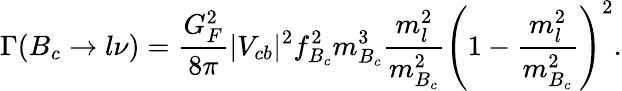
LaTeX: \Gamma(B_{c}\to l\nu)=\frac{G_{F}^{2}}{8\pi}|V_{cb}|^{2}f_{B_{c}}^{2}m_{B_{c}}^{3}\frac{m_{l}^{2}}{m_{B_{c}}^{2}}\left(1-\frac{m_{l}^{2}}{m_{B_{c}}^{2}}\right)^{2}.